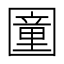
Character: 𡈩